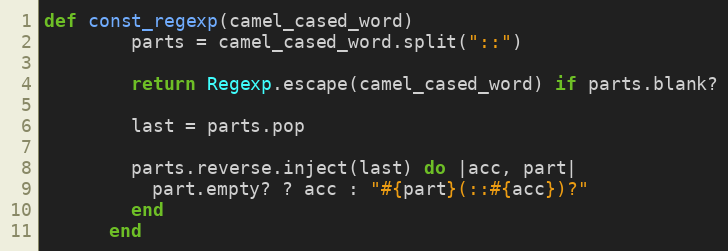
Language: Ruby
def const_regexp(camel_cased_word)
        parts = camel_cased_word.split("::")

        return Regexp.escape(camel_cased_word) if parts.blank?

        last = parts.pop

        parts.reverse.inject(last) do |acc, part|
          part.empty? ? acc : "#{part}(::#{acc})?"
        end
      end